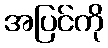
အပြင်ကို